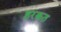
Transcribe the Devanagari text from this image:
हरक़त